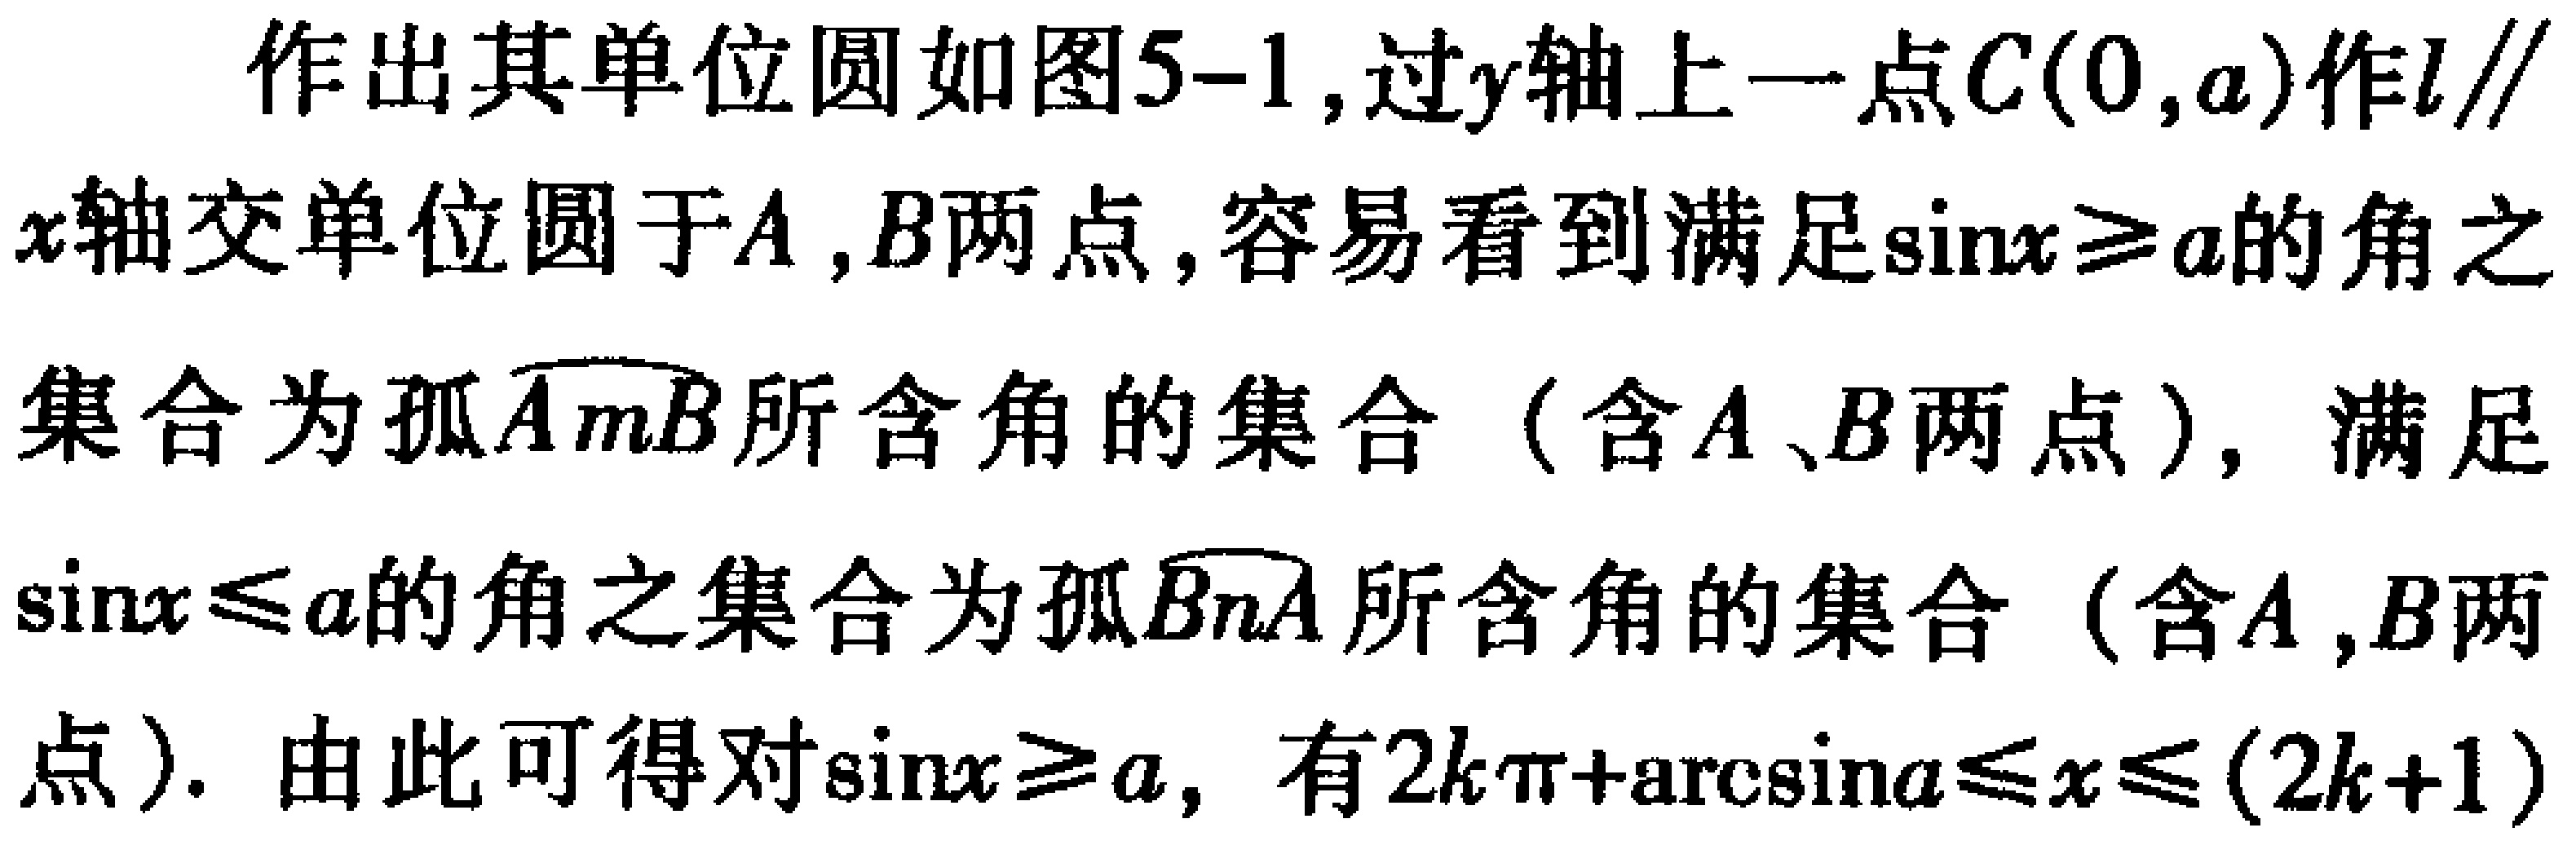
作出其单位圆如图5-1,过\(y\)轴上一点\(C(0,a)\)作\(l\parallel x\)轴交单位圆于\(A,B\)两点,容易看到满足\(\sin x\geq a\)的角之集合为弧\(\overset{\frown}{AmB}\)所含角的集合（含\(A、B\)两点）, 满足\(\sin x\leq a\)的角之集合为弧\(\overset{\frown}{BnA}\)所含角的集合（含\(A,B\)两点）. 由此可得对\(\sin x\geq a\), 有\(2k\pi+\arcsin a\leq x\leq(2k + 1)\)